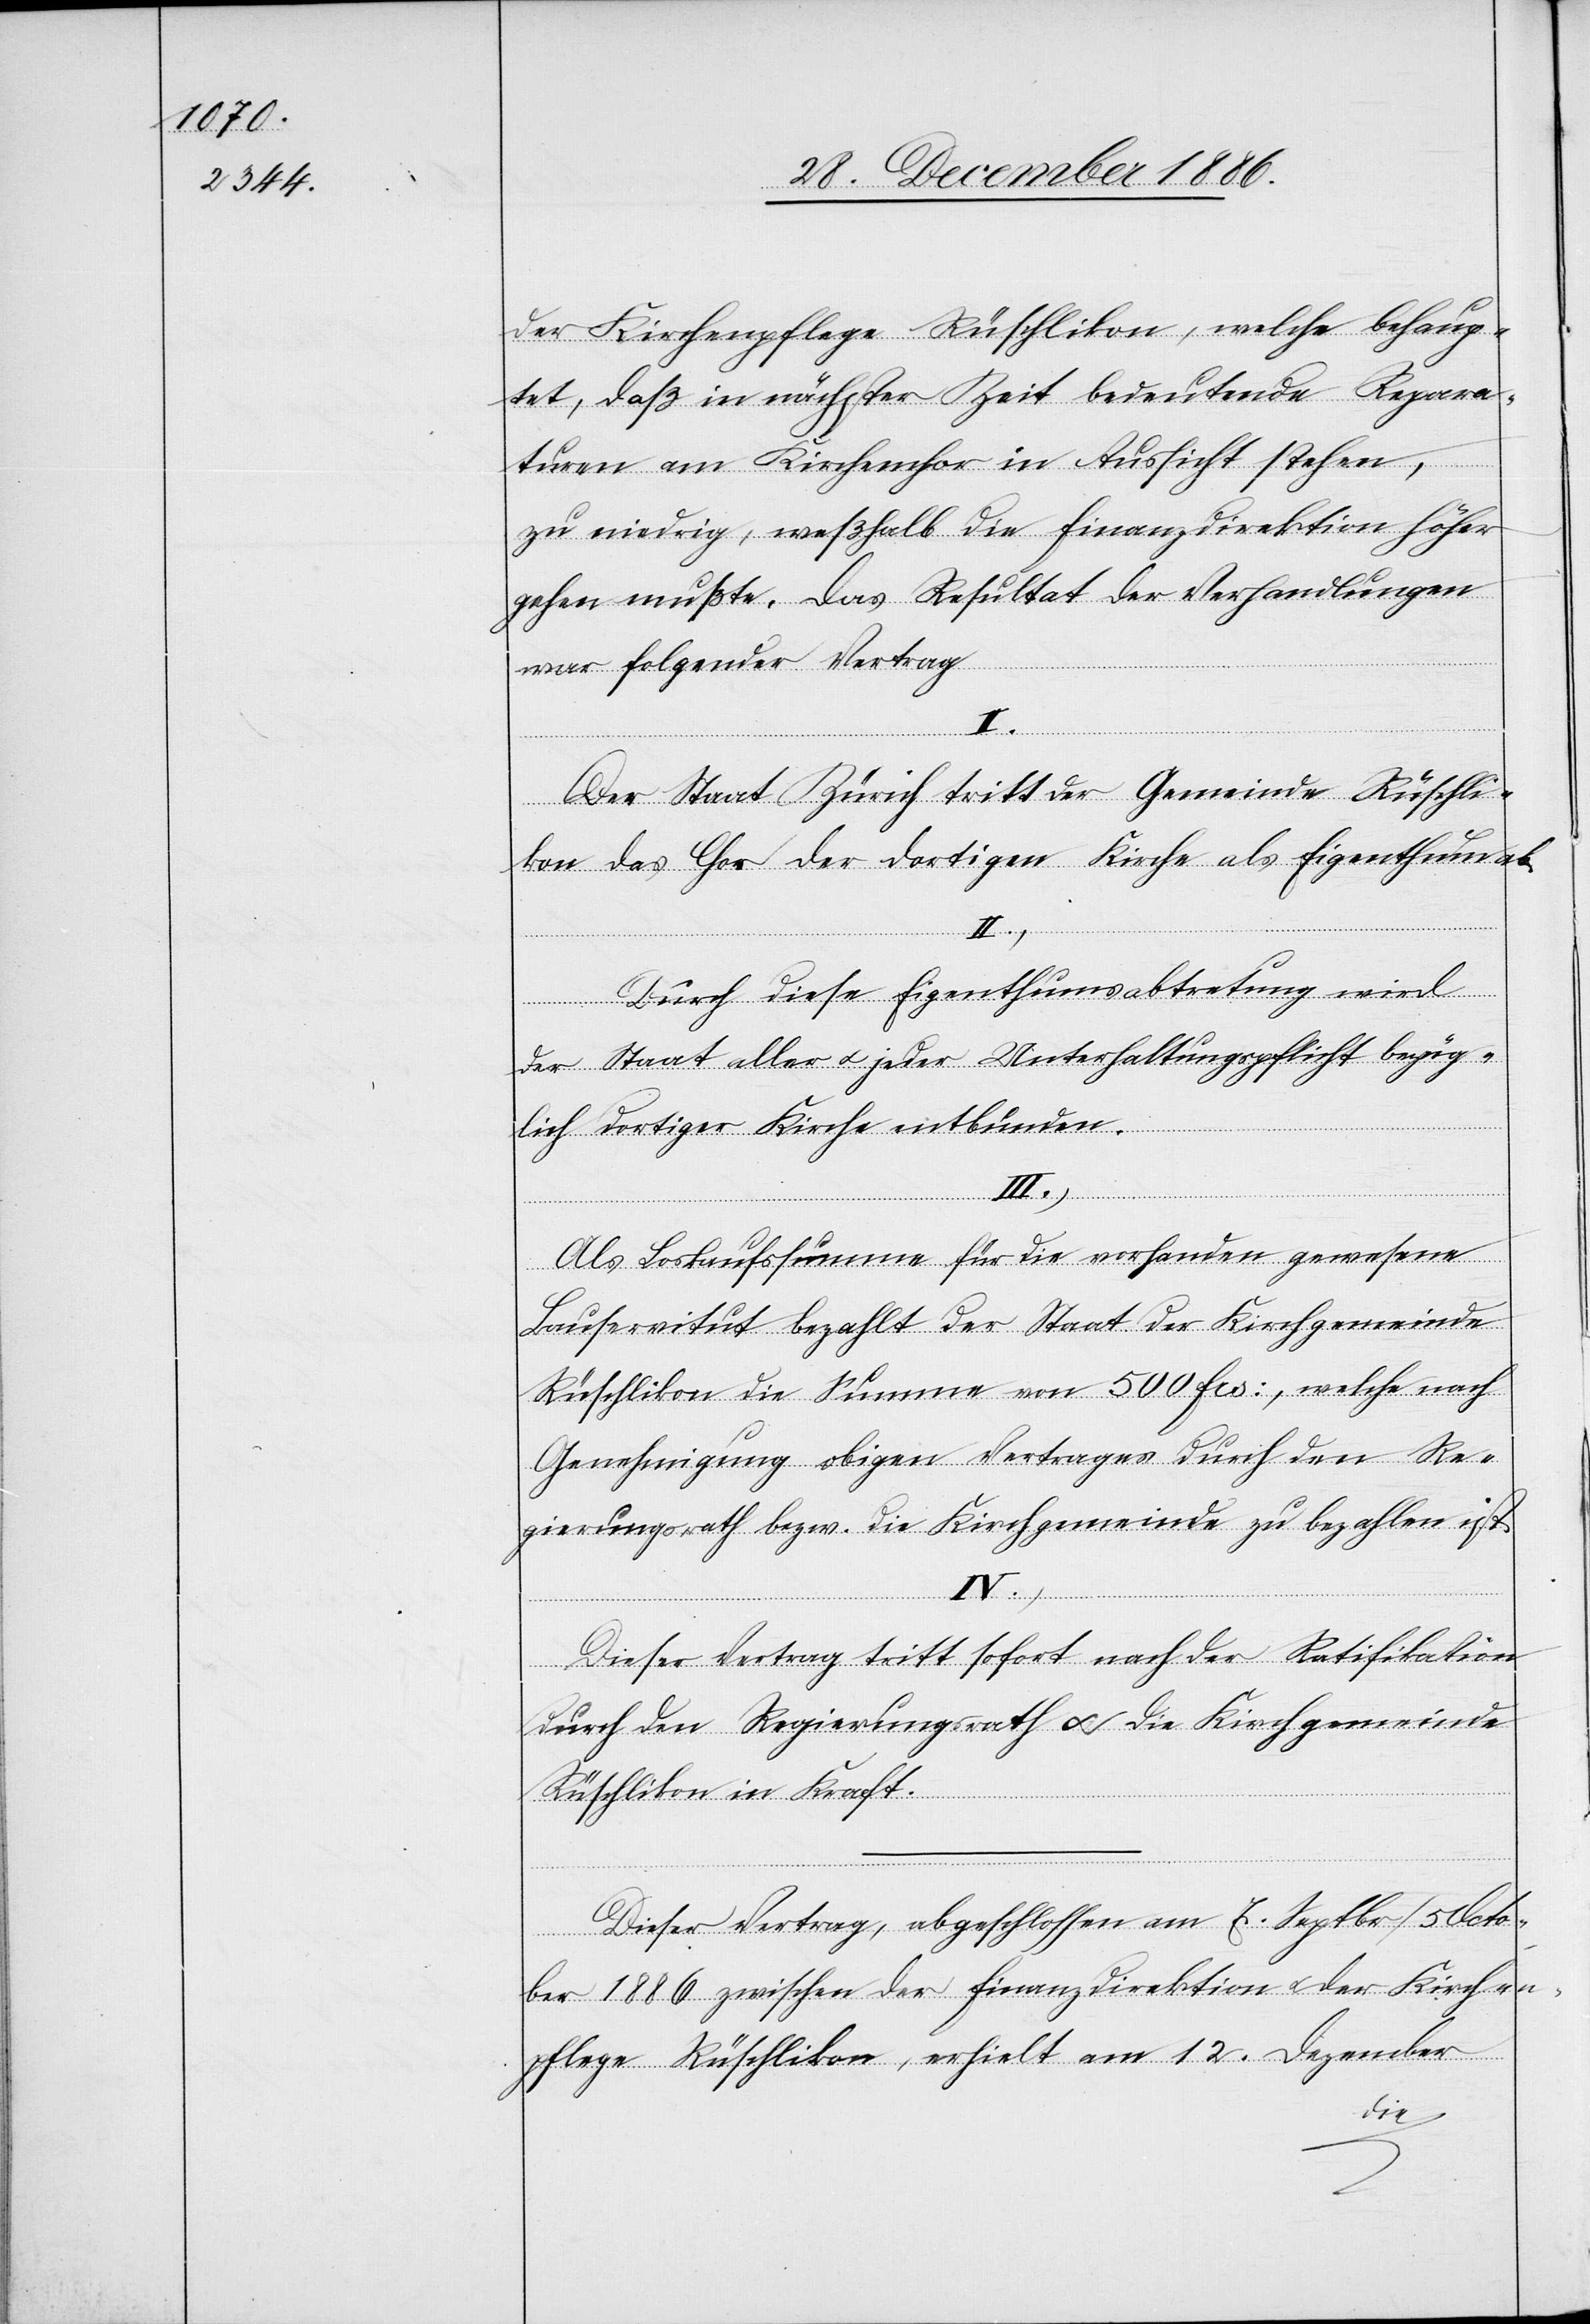
der Kirchenpflege Rüschlikon, welche behaup¬
tet, daß in nächster Zeit bedeutende Repara¬
turen am Kirchenchor in Aussicht stehen,
zu niedrig, weßhalb die Finanzdirektion höher
gehen mußte. Das Resultat der Verhandlungen
war folgender Vertrag
I.)
Der Staat Zürich tritt der Gemeinde Rüschli¬
kon das Chor der dortigen Kirche als Eigenthum ab.
Durch diese Eigenthumsabtretung wird
der Staat aller & jeder Unterhaltungspflicht bezüg¬
lich dortiger Kirche entbunden.
Als Loskaufssumme für die vorhanden gewesene
Bauservitut bezahlt der Staat der Kirchgemeinde
Rüschlikon die Summe von 500 Frs:, welche nach
Genehmigung obigen Vertrages durch den Re¬
gierungsrath bezw. die Kirchgemeinde zu bezahlen ist.
IV.)
Dieser Vertrag tritt sofort nach der Ratifikation
durch den Regierungsrath & die Kirchgemeinde
Rüschlikon in Kraft.
Dieser Vertrag, abgeschlossen am 7. Septbr./5. Octo¬
ber 1886 zwischen der Finanzdirektion & der Kirchen¬
pflege Rüschlikon, erhielt am 12. Dezember